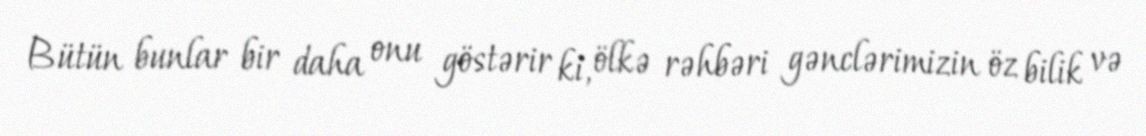
Bütün bunlar bir daha onu göstərir ki, ölkə rəhbəri gənclərimizin öz bilik və